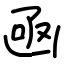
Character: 凾